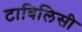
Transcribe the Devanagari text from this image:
टाबिलिसी